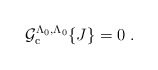
\begin{align*}{\cal{G}}_{ \rm c}^{\Lambda_0 , \Lambda_0} \{ J \} = 0 \; . \end{align*}